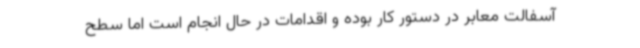
آسفالت معابر در دستور کار بوده و اقدامات در حال انجام است اما سطح